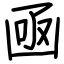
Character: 凾